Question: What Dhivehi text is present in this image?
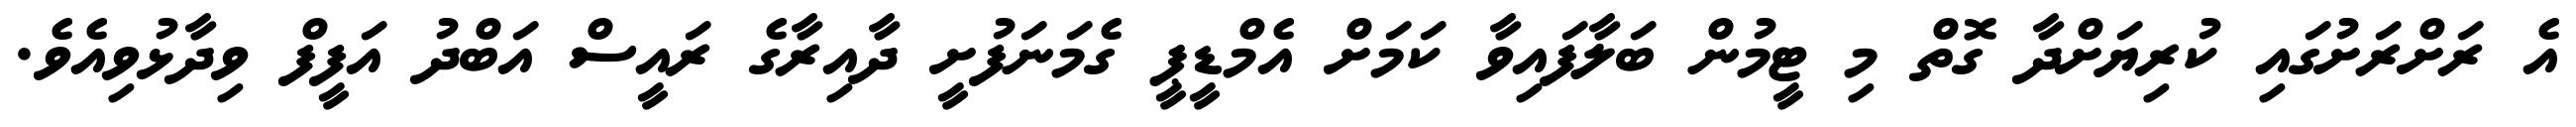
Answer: އެ ރަށްރަށުގައި ކުރިޔަށްދާ ގޮތް މި ޓީމުން ބަލާފައިވާ ކަމަށް އެމްޑީޕީ ގެމަނަފުށީ ދާއިރާގެ ރައީސް އަބްދު އަފީފް ވިދާޅުވިއެވެ.